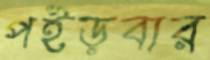
পইড়বার